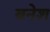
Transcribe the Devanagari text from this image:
बनेश